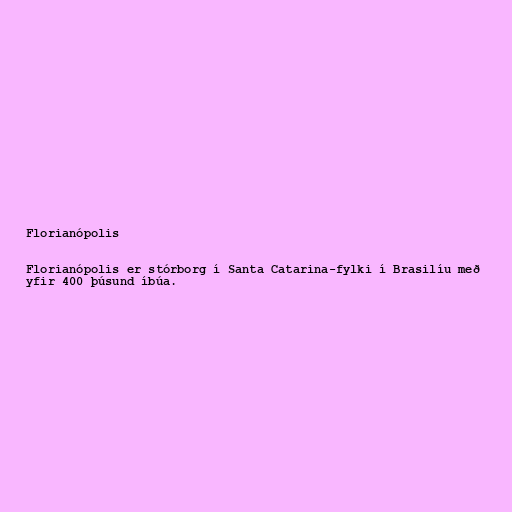
Florianópolis

Florianópolis er stórborg í Santa Catarina-fylki í Brasilíu með
yfir 400 þúsund íbúa.